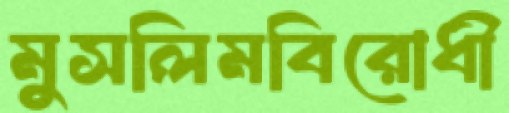
মুসলিমবিরোধী